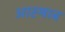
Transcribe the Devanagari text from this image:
आस्षाब